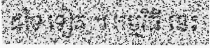
ដទៃ ទៀត ។ កម្មវិធី នេះ